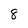
Character: 8